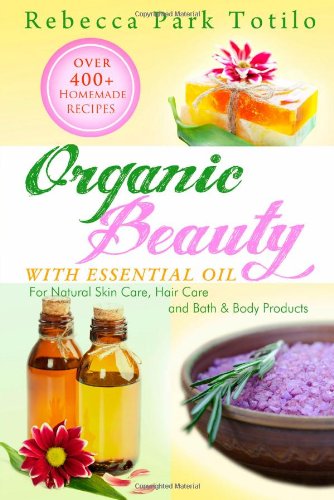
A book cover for Organic Beauty With Essential Oil: Over 400+ Homemade Recipes For Natural Skin Care, Hair Care and Bath & Body Products; Rebecca Park Totilo; Health, Fitness & Dieting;